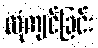
ထုံကျင်ခြင်း